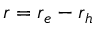
\boldsymbol { r } = \boldsymbol { r } _ { e } - \boldsymbol { r } _ { h }